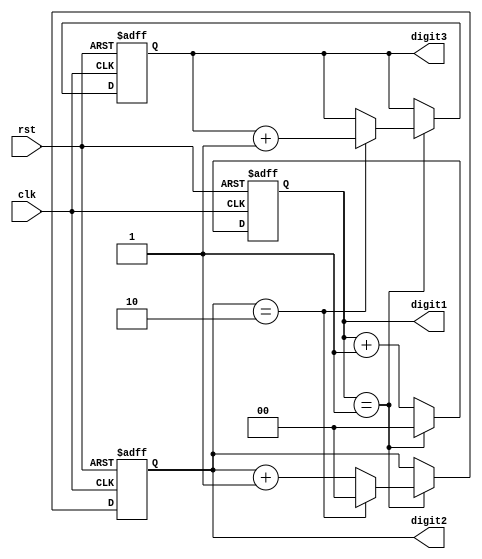
module mixed_radix_counter (
    input wire clk,          // Clock input
    input wire rst,          // Asynchronous reset input
    output reg [1:0] digit1, // Digit 1 (Base 2)
    output reg [1:0] digit2, // Digit 2 (Base 3)
    output reg [1:1] digit3  // Digit 3 (Base 4)
);

    // Radix definitions
    parameter RADIX1 = 2; // Base 2
    parameter RADIX2 = 3; // Base 3
    parameter RADIX3 = 4; // Base 4

    always @(posedge clk or posedge rst) begin
        if (rst) begin
            // Reset all digits to zero
            digit1 <= 2'b00;
            digit2 <= 2'b00;
            digit3 <= 1'b0;
        end else begin
            // Increment the least significant digit (digit1)
            digit1 <= digit1 + 1;

            // Check if digit1 has rolled over
            if (digit1 == RADIX1 - 1) begin
                digit1 <= 2'b00; // Reset digit1

                // Increment the next digit (digit2)
                digit2 <= digit2 + 1;

                // Check if digit2 has rolled over
                if (digit2 == RADIX2 - 1) begin
                    digit2 <= 2'b00; // Reset digit2

                    // Increment the most significant digit (digit3)
                    digit3 <= digit3 + 1;

                    // Check if digit3 has rolled over
                    if (digit3 == RADIX3 - 1) begin
                        digit3 <= 1'b0; // Reset digit3
                    end
                end
            end
        end
    end
endmodule